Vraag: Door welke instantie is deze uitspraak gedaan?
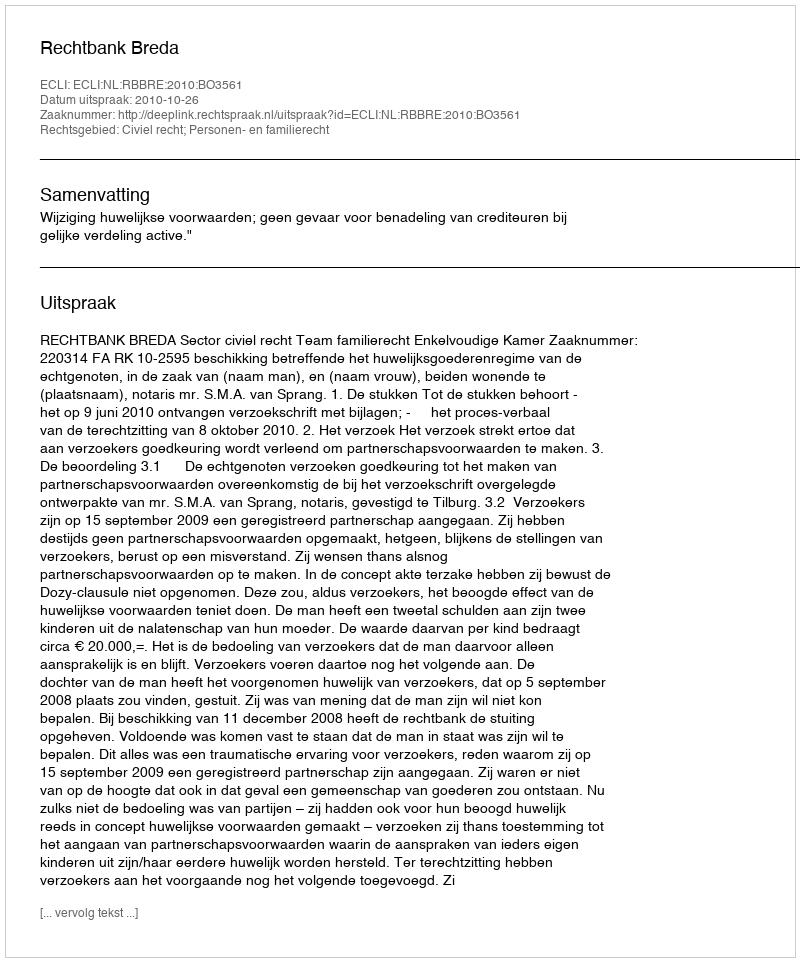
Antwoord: Rechtbank Breda